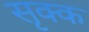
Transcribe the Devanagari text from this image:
सृक्क